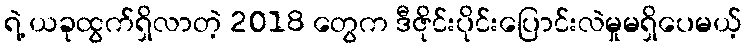
ရဲ့ ယခုထွက်ရှိလာတဲ့ 2018 တွေက ဒီဇိုင်းပိုင်းပြောင်းလဲမှုမရှိပေမယ့်